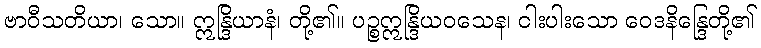
ဗာဝီသတိယာ၊ သော။ ဣန္ဒြိယာနံ၊ တို့၏။ ပဉ္စဣန္ဒြိယဝသေန၊ ငါးပါးသော ဝေဒနိန္ဒြေတို့၏